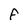
Character: F